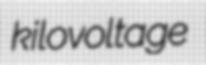
kilovoltage